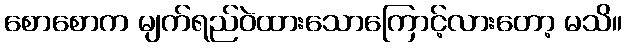
စောစောက မျက်ရည်ဝဲထားသောကြောင့်လားတော့ မသိ။